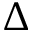
\Delta